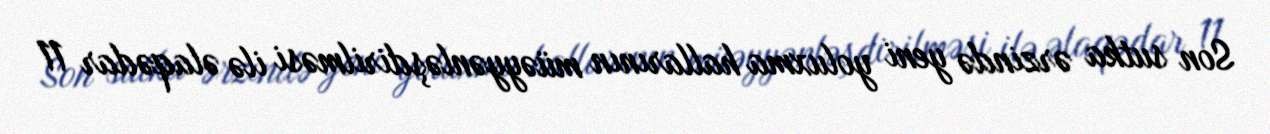
Son sutka ərzində yeni yoluxma hallarının müəyyənləşdirilməsi ilə əlaqədar 11